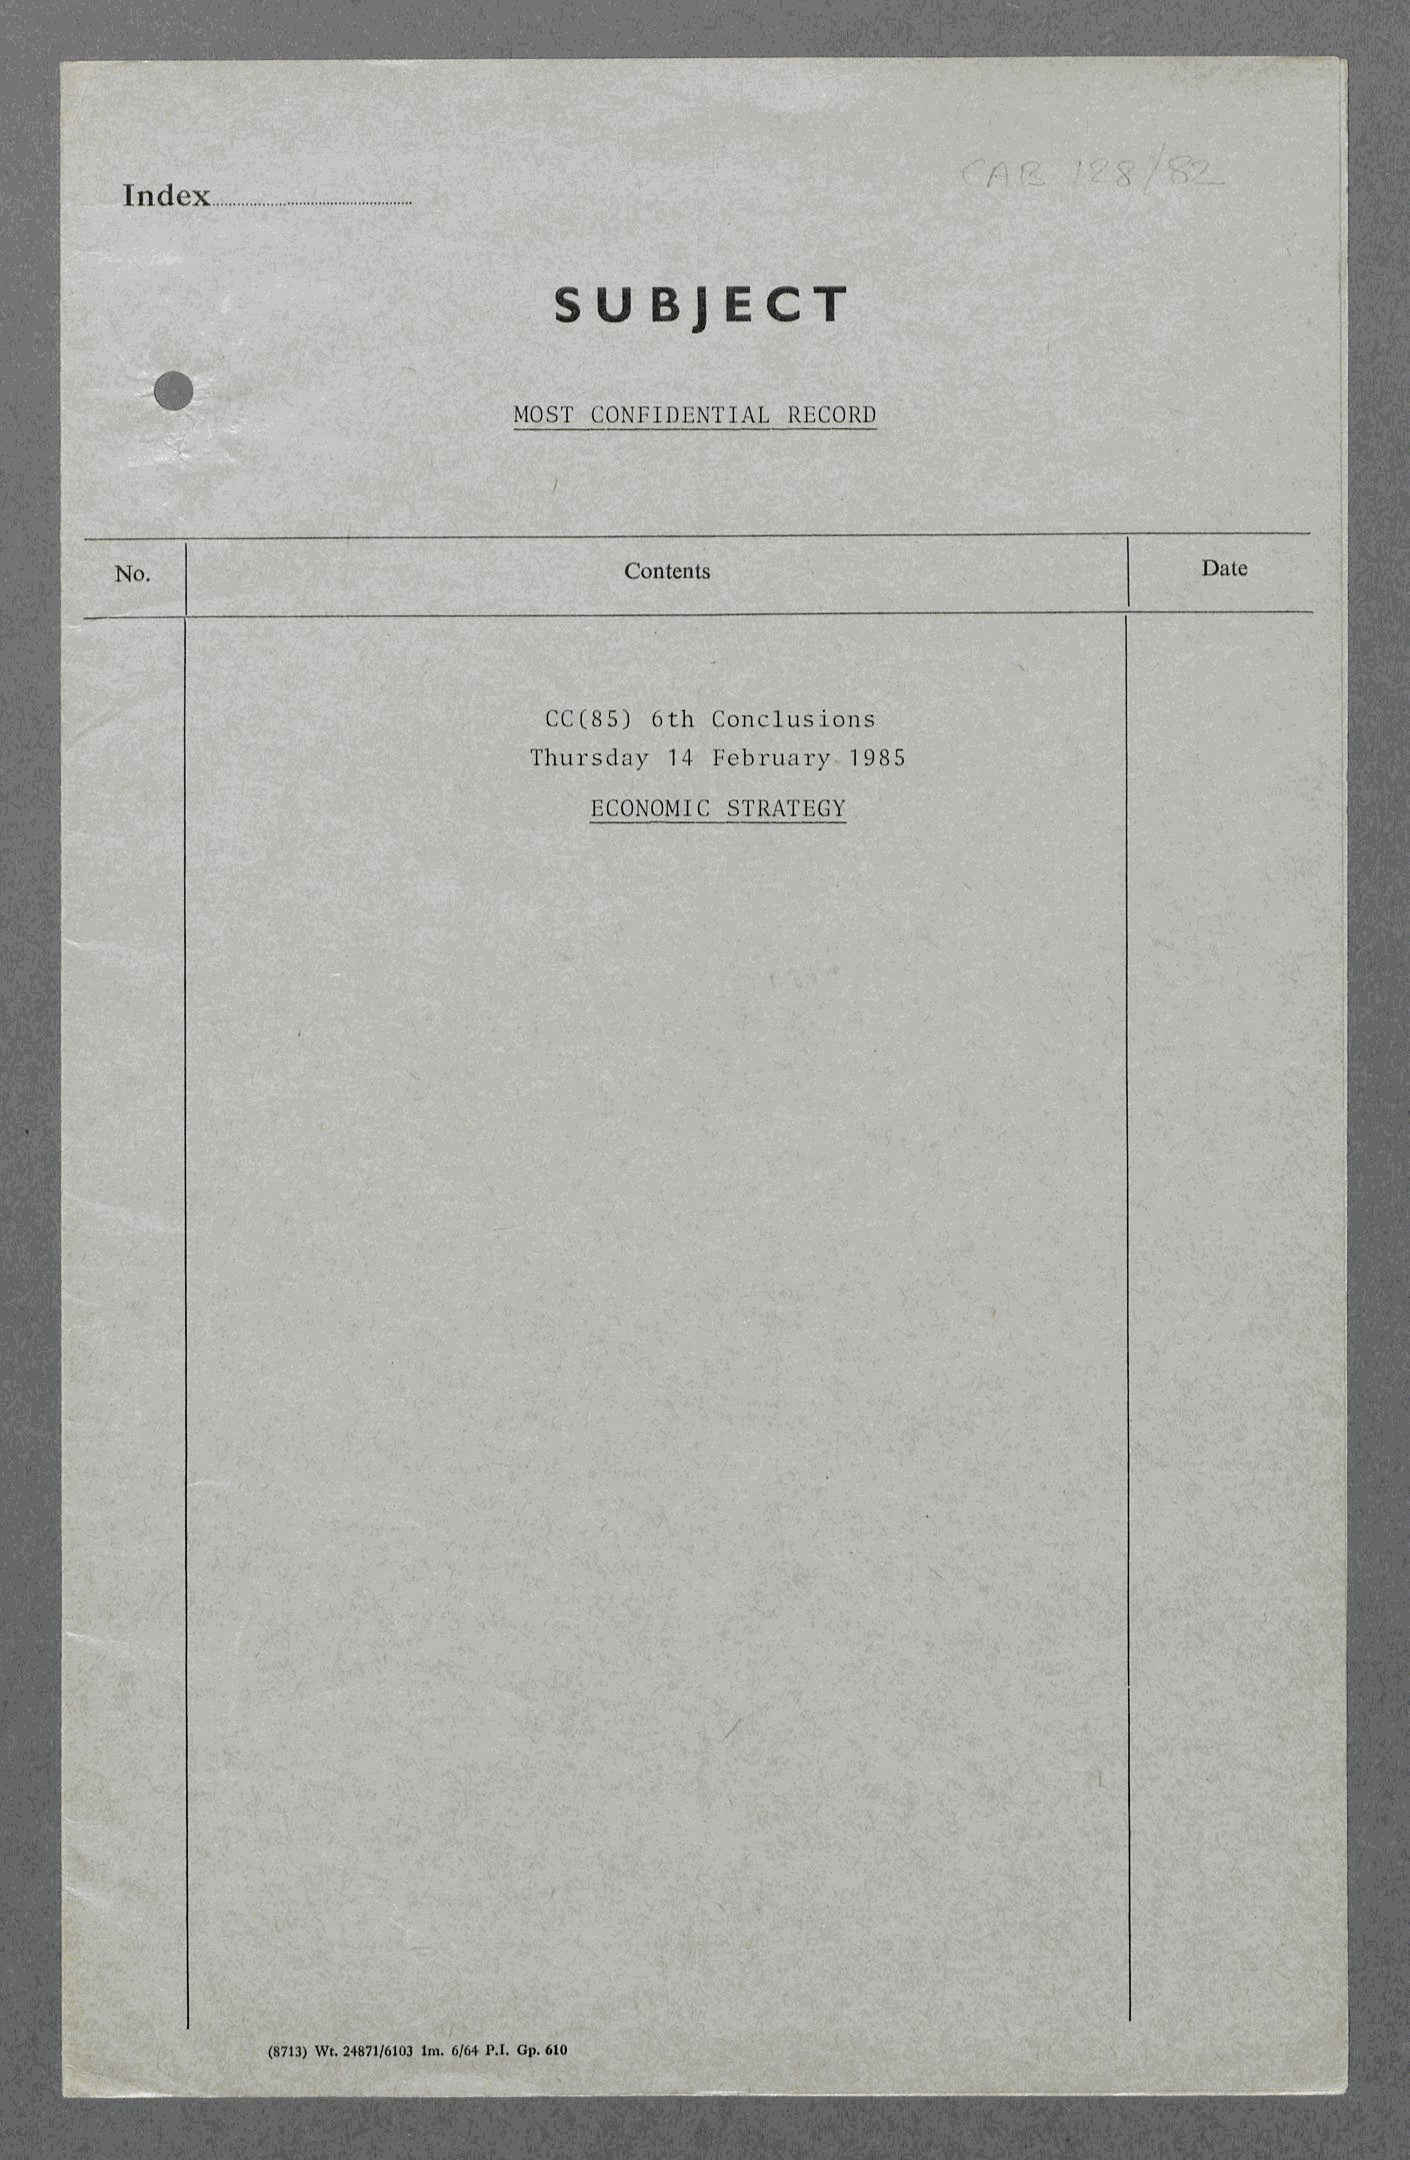
S U  B  J E  C  T
 MOST CONFIDENTIAL RECORD
 No.                              Contents                               Date
 CC(85) 6th Conclusion s
 Thursday 14 February 1985
 ECONOMIC STRATEGY
 (8713) Wt. 24871/6103 lm . 6/64 P.I. Gp. 610